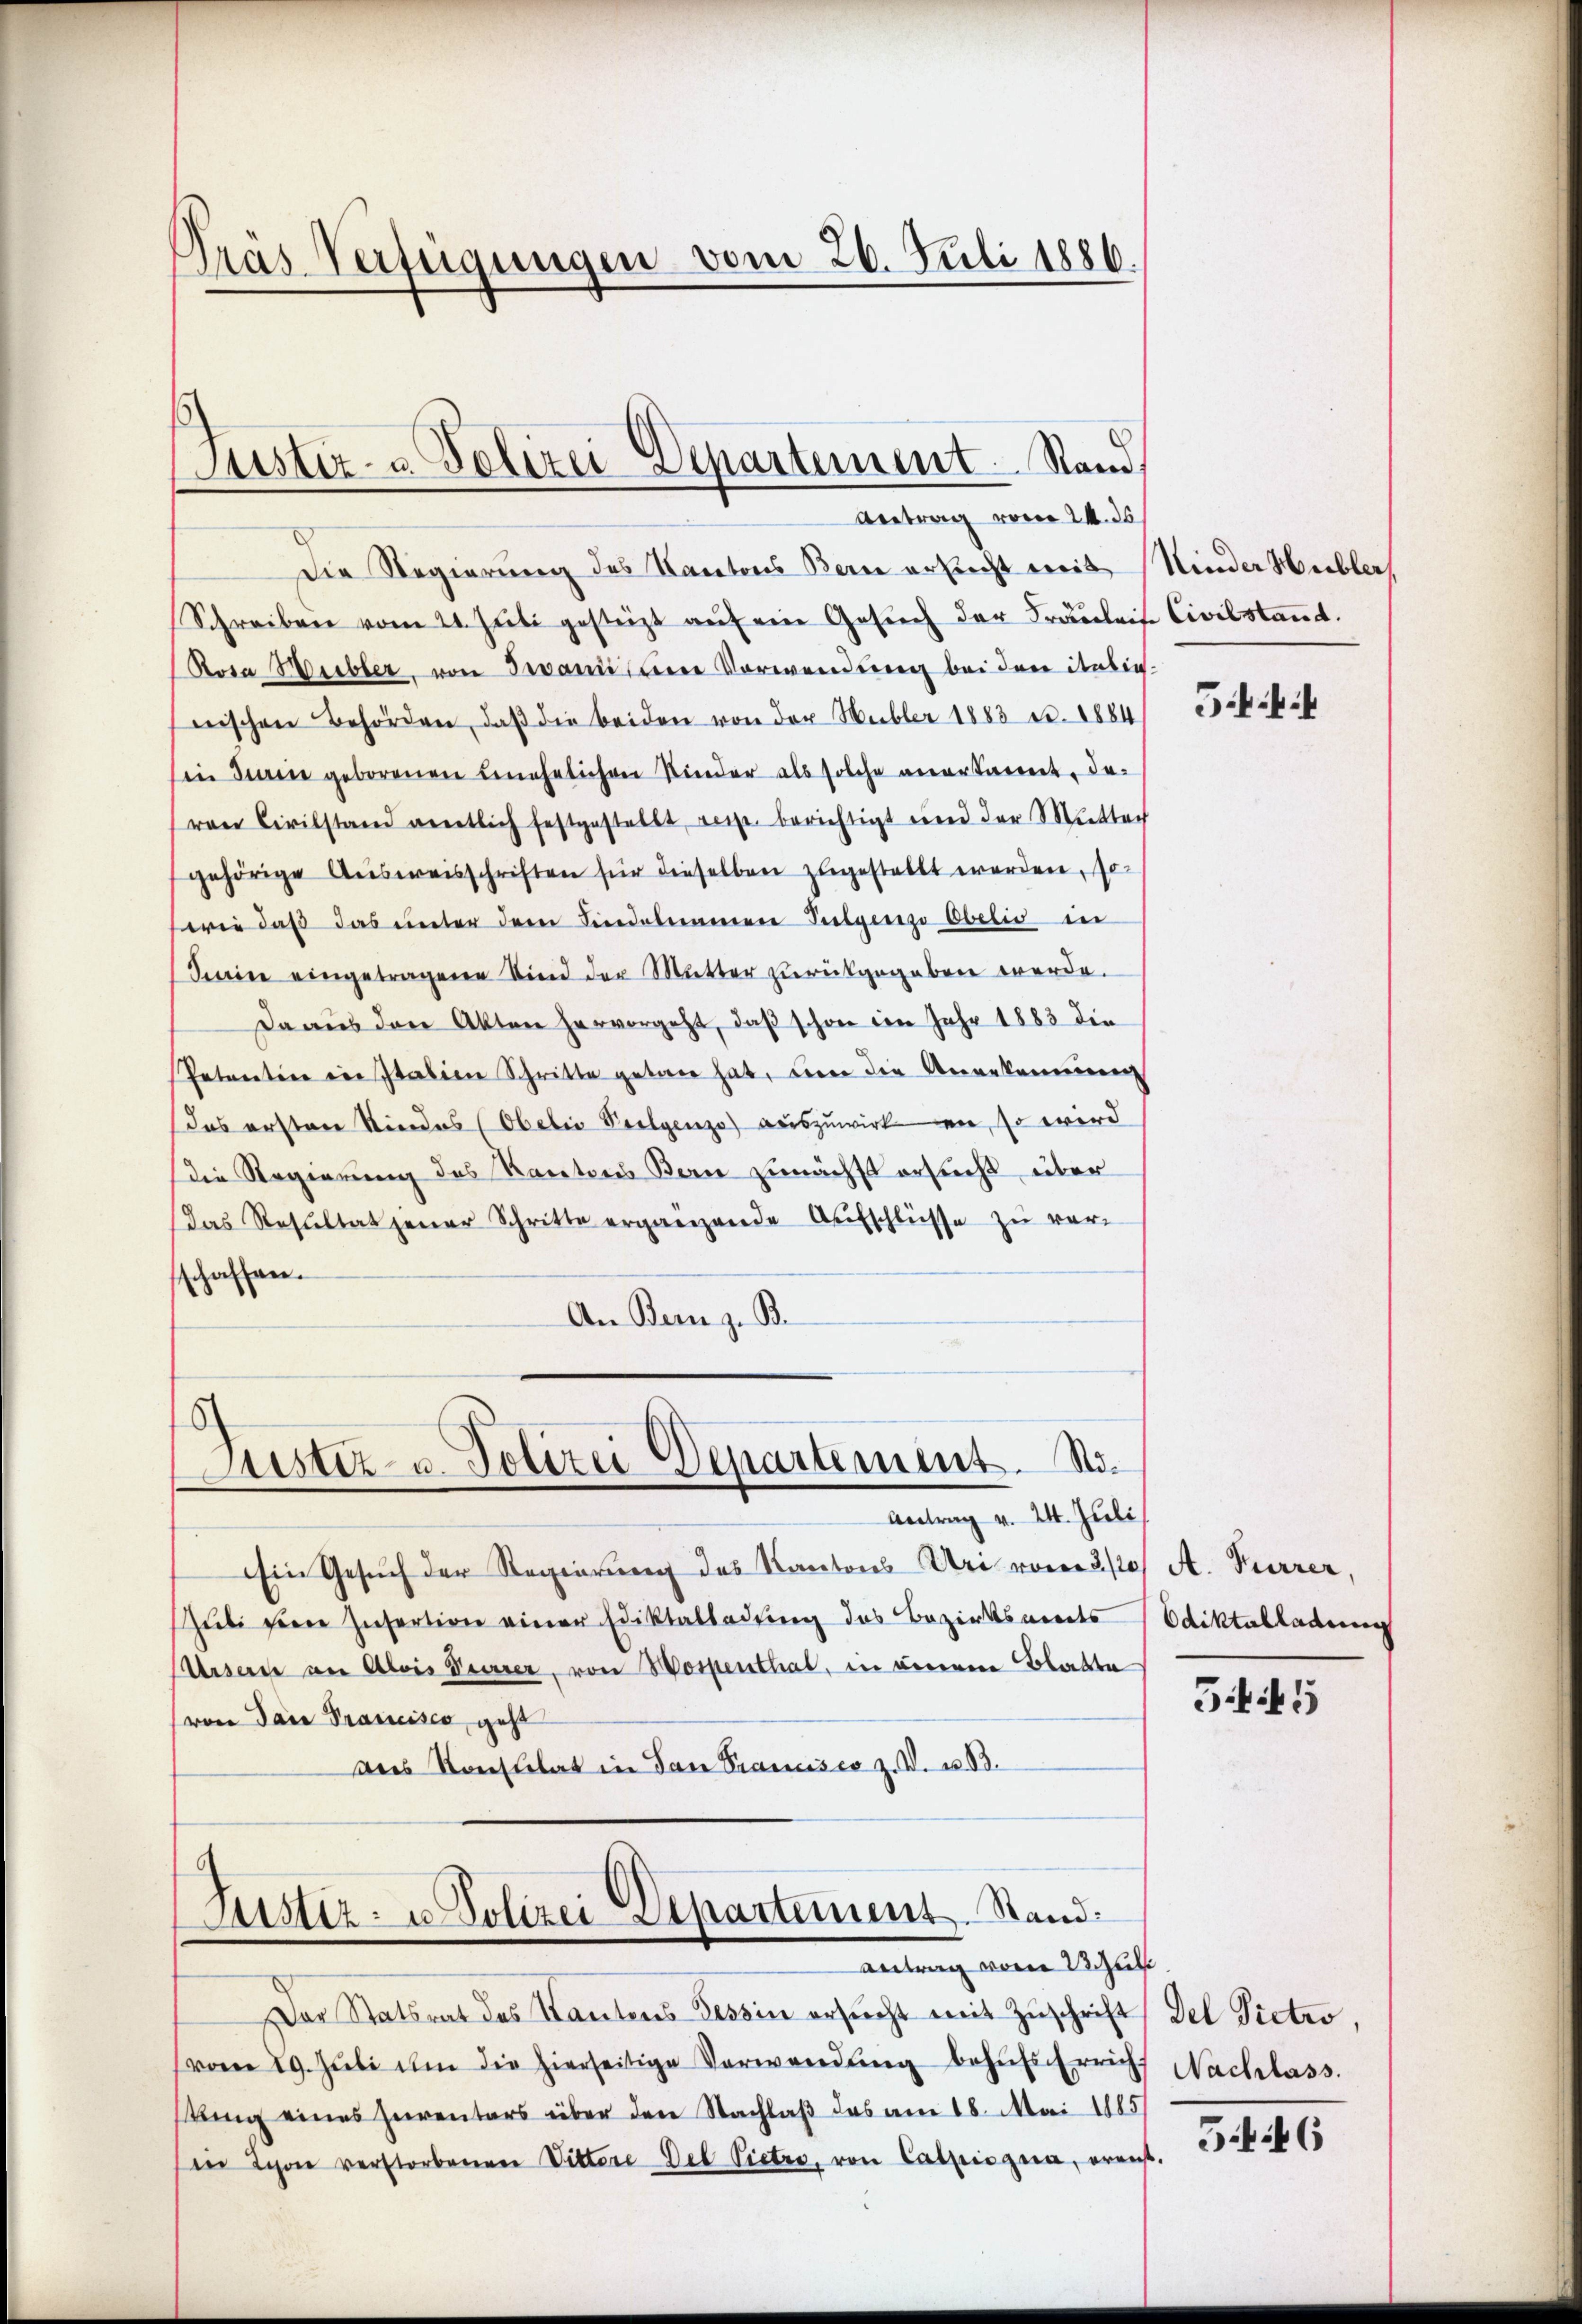
Gras Verfügungen vom 26. Juli 1886.

.
Die Regierung des Kantons Bern erbrecht mit Nieder Hubler
Schreiben vom 24. Juli gestützt aŭf ein Gesŭch der Fräulein Civilstand.
Rosa Weibler, von Jovani eine Verwendung bei den italie-
nischen Behörden, daβ die beiden von der Mubler 1883 Fr. 1884
in Sein geborenen Benehelichen Nieder als solche anerkannt, davon Civilstand amtlich festgestellt, wie berichtigt und der Mutter
gehörige Aŭsweisschriften für dieselben zugestellt werden, so
wie daß das unter dem Lindalamere Pilgerzo Obelis in
Serien eingetragene Sind der Mutter zurückgegeben werde.
Daaus den Akten hervorgeht, daβ schon in Jahr 1883 die
Petrentin in Italien Schritte getan hat, der die Angekommenen
Das ersten Kindes (Obelis Vielgenze) auszuwirke ein, so wird
Die Regierung des Kantons Bern zunächst ersucht über
das Resultat jener Schritte ergänzende Aufschlüsse zu ver-
schaffen.
An Bern z. B.

Justiz- & Polizei Departement. Stand,
Antrag vom 24. ds.

s
Justiz- u. Polizei Departement. No¬
Antrag v. 24. Juli

Justiz- u. Polizei Departement. Stand.
Antrag vom 23 Jul

Ein Gesuch der Regierung des Kantons Uri vom 21. A. Furrer,
uli seine Insertion einer Ediktalladung des Bezirksverts
Ursern an Alois Deiner, von Wospenthal, in einem Blatte
(von dann Trancisco, geht
ans Konsulat in dan Prancisco z. B. u. 83.

Der Statsrat des Kantons Tessin ersŭcht mit Zŭschrift del Pictro,
(vom 29. Jŭli im die hierseitige Verwendŭng behŭfs Erricht Nachlass.
kung eines Inventars über den Nachlaß das am 18. Mai 1885/
in Lyon verstorbenen Vittere Del Pietze, von Catpisgua, oraus-

5

diktalladung

55

56